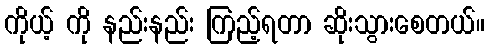
ကိုယ့် ကို နည်းနည်း ကြည့်ရတာ ဆိုးသွားစေတယ်။